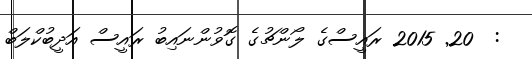
:  20